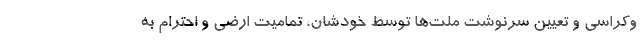
وکراسی و تعیین سرنوشت ملت‌ها توسط خودشان، تمامیت ارضی و احترام به